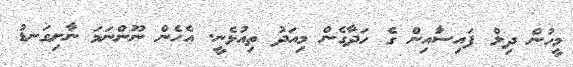
މީހުން ދިލް ފައިސަާއިން ގެ ހަދާގެން މިއަދު ތިއުޅެނީ. އެހެން ނޫންނަމަ ނާށިގަނޑު